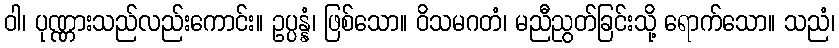
ဝါ၊ ပုဏ္ဏားသည်လည်းကောင်း။ ဥပ္ပန္နံ၊ ဖြစ်သော။ ဝိသမဂတံ၊ မညီညွတ်ခြင်းသို့ ရောက်သော။ သညံ၊